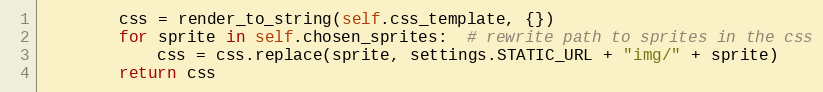
Language: Python
        css = render_to_string(self.css_template, {})
        for sprite in self.chosen_sprites:  # rewrite path to sprites in the css
            css = css.replace(sprite, settings.STATIC_URL + "img/" + sprite)
        return css